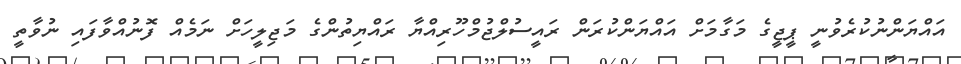
އައްޔަންނުކުރެވުނީ ޕީޖީގެ މަގާމަށް އައްޔަންކުރަން ރައީސުލްޖުމްހޫރިއްޔާ ރައްޔިތުންގެ މަޖިލީހަށް ނަމެއް ފޮނުއްވާފައި ނުވާތީ